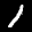
Label: 1